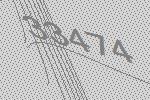
33474